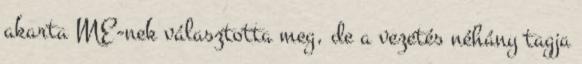
akarta ME-nek választotta meg, de a vezetés néhány tagja